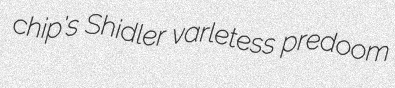
chip's Shidler varletess predoom